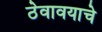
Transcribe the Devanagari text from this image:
ठेवावयाचे